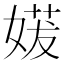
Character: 𫱈